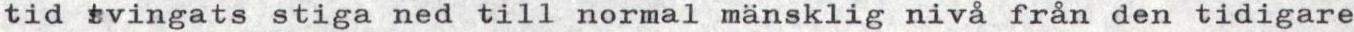
tid tvingats stiga ned till normal mänsklig nivå från den tidigare